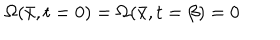
\Omega ( \bar { x } , t = 0 ) = \Omega ( \bar { x } , t = \beta ) = 0